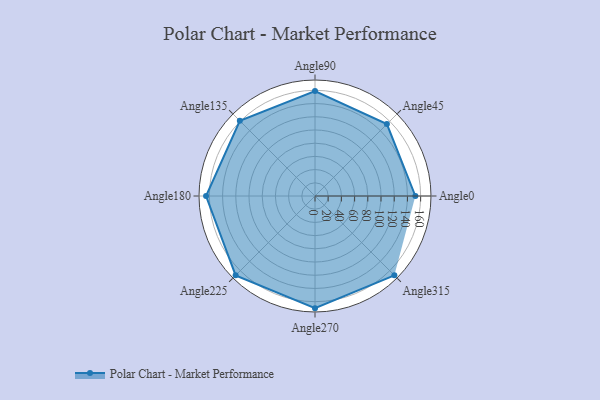
{"axis": {"x": "Angle", "y": "Radius"}, "legend": [""], "data": [{"x": "Angle0", "y": 152.0, "type": ""}, {"x": "Angle45", "y": 154.0, "type": ""}, {"x": "Angle90", "y": 159.0, "type": ""}, {"x": "Angle135", "y": 161.0, "type": ""}, {"x": "Angle180", "y": 165.0, "type": ""}, {"x": "Angle225", "y": 170, "type": ""}, {"x": "Angle270", "y": 170, "type": ""}, {"x": "Angle315", "y": 170, "type": ""}]}